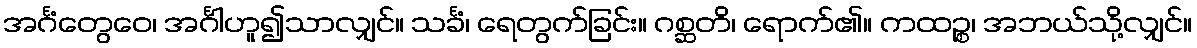
အင်္ဂံတွေဝေ၊ အင်္ဂါဟူ၍သာလျှင်။ သင်္ခံ၊ ရေတွက်ခြင်း။ ဂစ္ဆတိ၊ ရောက်၏။ ကထဉ္စ၊ အဘယ်သို့လျှင်။